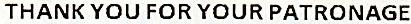
THANK YOU FOR YOUR PATRONAGE